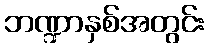
ဘဏ္ဍာနှစ်အတွင်း